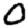
Digit: 0